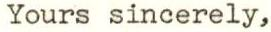
Yours sincerely,